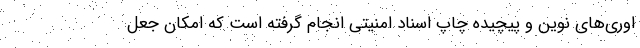
اوری‌های نوین و پیچیده چاپ اسناد امنیتی انجام گرفته است که امکان جعل